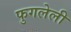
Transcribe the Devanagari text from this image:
फुगलेली